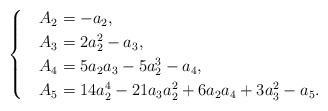
LaTeX: \begin{align*}\begin{cases}&A_2=-a_2,\\&A_3=2a_2^2-a_3,\\& A_4=5a_2a_3-5a_2^3-a_4,\\& A_5=14a_2^4-21a_3a_2^2+6a_2a_4+3a_3^2-a_5.\end{cases}\end{align*}